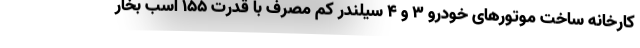
کارخانه ساخت موتورهای خودرو 3 و 4 سیلندر کم مصرف با قدرت 155 اسب بخار